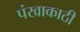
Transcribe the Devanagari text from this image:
पंखाकाठी